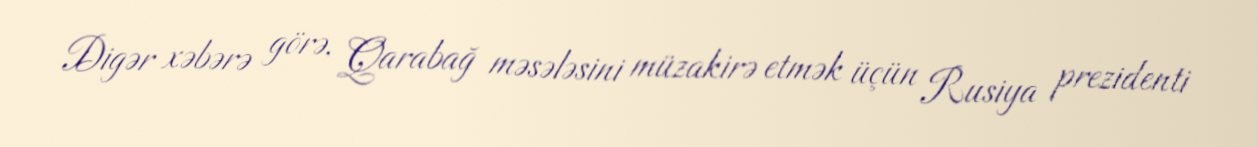
Digər xəbərə görə, Qarabağ məsələsini müzakirə etmək üçün Rusiya prezidenti